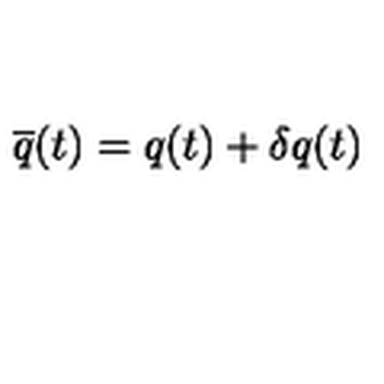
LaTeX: \overline { { q } } ( t ) = q ( t ) + \delta q ( t )